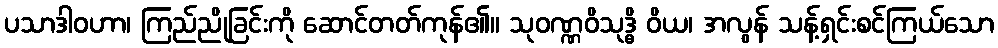
ပသာဒါဝဟာ၊ ကြည်ညိုခြင်းကို ဆောင်တတ်ကုန်၏။ သုဝဏ္ဏဝိသုဒ္ဓိ ဝိယ၊ အလွန် သန့်ရှင်းစင်ကြယ်သော